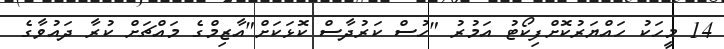
14 މީހަކު ހައްޔަރުކޮށްފިކޯޓު އަމުރު "ހުސް ކަރުދާސް ކޮޅަކަށް"އާޒިމްގެ މައްޗަށް ކުރާ ދައުވާގެ